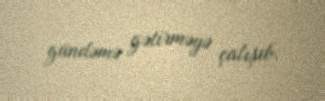
gündəmə gətirməyə çalışıb.